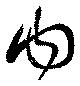
内